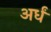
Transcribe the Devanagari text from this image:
अर्धं